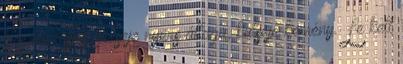
Készen lapos, belseje nyers állagú, külseje kemény. Le kell